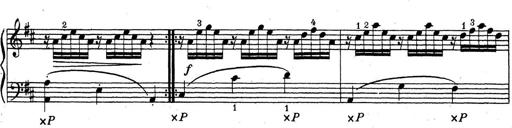
Title: ÄŒeskÃ© Sonatiny
Composer: Various